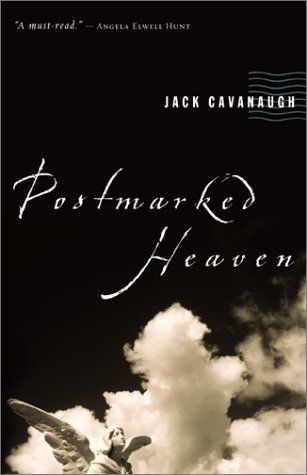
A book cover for Postmarked Heaven; Jack Cavanaugh; Christian Books & Bibles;